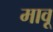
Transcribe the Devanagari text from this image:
मावू